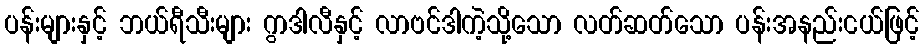
ပန်းများနှင့် ဘယ်ရီသီးများ ဂွာဒါလီနှင့် လာဗင်ဒါကဲ့သို့သော လတ်ဆတ်သော ပန်းအနည်းငယ်ဖြင့်